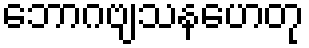
ဘောဂဗျသနဟေတု